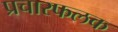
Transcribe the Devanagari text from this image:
प्रचारफलक